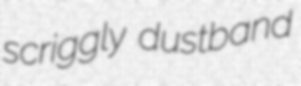
scriggly dustband